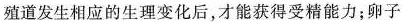
殖道发生相应的生理变化后，才能获得受精能力；卵子